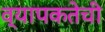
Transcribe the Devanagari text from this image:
व्यापकतेची